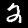
Digit: 2